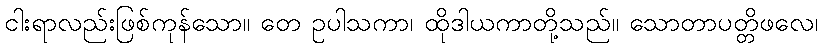
ငါးရာလည်းဖြစ်ကုန်သော။ တေ ဥပါသကာ၊ ထိုဒါယကာတို့သည်။ သောတာပတ္တိဖလေ၊